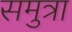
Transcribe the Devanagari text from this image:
समुत्रा